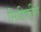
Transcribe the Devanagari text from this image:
सिद्दिकीने